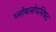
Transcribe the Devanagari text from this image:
ग्लोबलोपनिषद